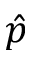
\hat { p }